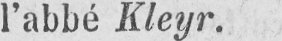
l’abbé Kleyr.